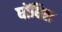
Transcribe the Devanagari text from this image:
घोंघिल